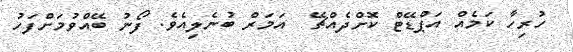
ހުރިހާ ކަމެއް އަޕްޑޭޓް ކޮށްދެއްޗޭ  އަމަރް ބުނެލިއެވެ. ފޯނު ބޭއްވުމަށްފަހު